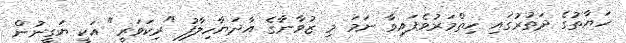
ހަޔާތުގެ ދަތުރުގައި ހިތްމަރުވެފައިވާ ނަމަ މި ޒުވާނާގެ އާދަޔާހިލާފު "ރިކަވަރީ" އަކީ ޔަގީނުން